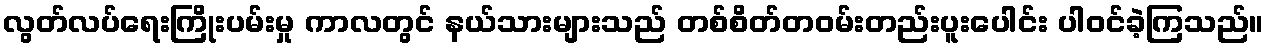
လွတ်လပ်ရေးကြိုးပမ်းမှု ကာလတွင် နယ်သားများသည် တစ်စိတ်တဝမ်းတည်းပူးပေါင်း ပါဝင်ခဲ့ကြသည်။